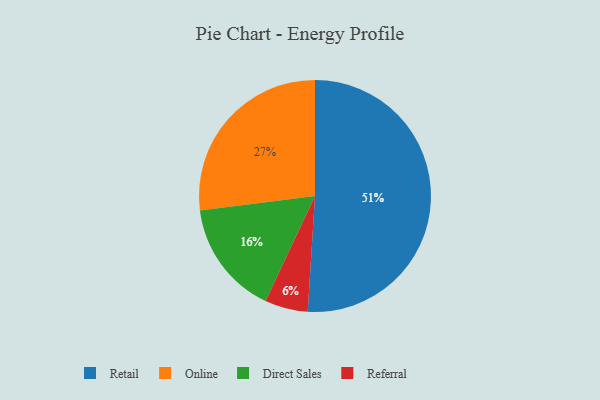
{"axis": {"x": "Category", "y": "Percentage"}, "legend": ["Direct Sales", "Online", "Referral", "Retail"], "data": [{"x": "Referral", "y": 6, "type": "Referral"}, {"x": "Direct Sales", "y": 16, "type": "Direct Sales"}, {"x": "Online", "y": 27, "type": "Online"}, {"x": "Retail", "y": 51, "type": "Retail"}]}